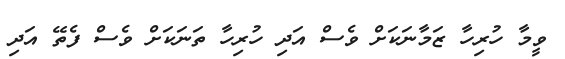
ވީމާ ހުރިހާ ޒަމާނަކަށް ވެސް އަދި ހުރިހާ ތަނަކަށް ވެސް ފެތޭ އަދި